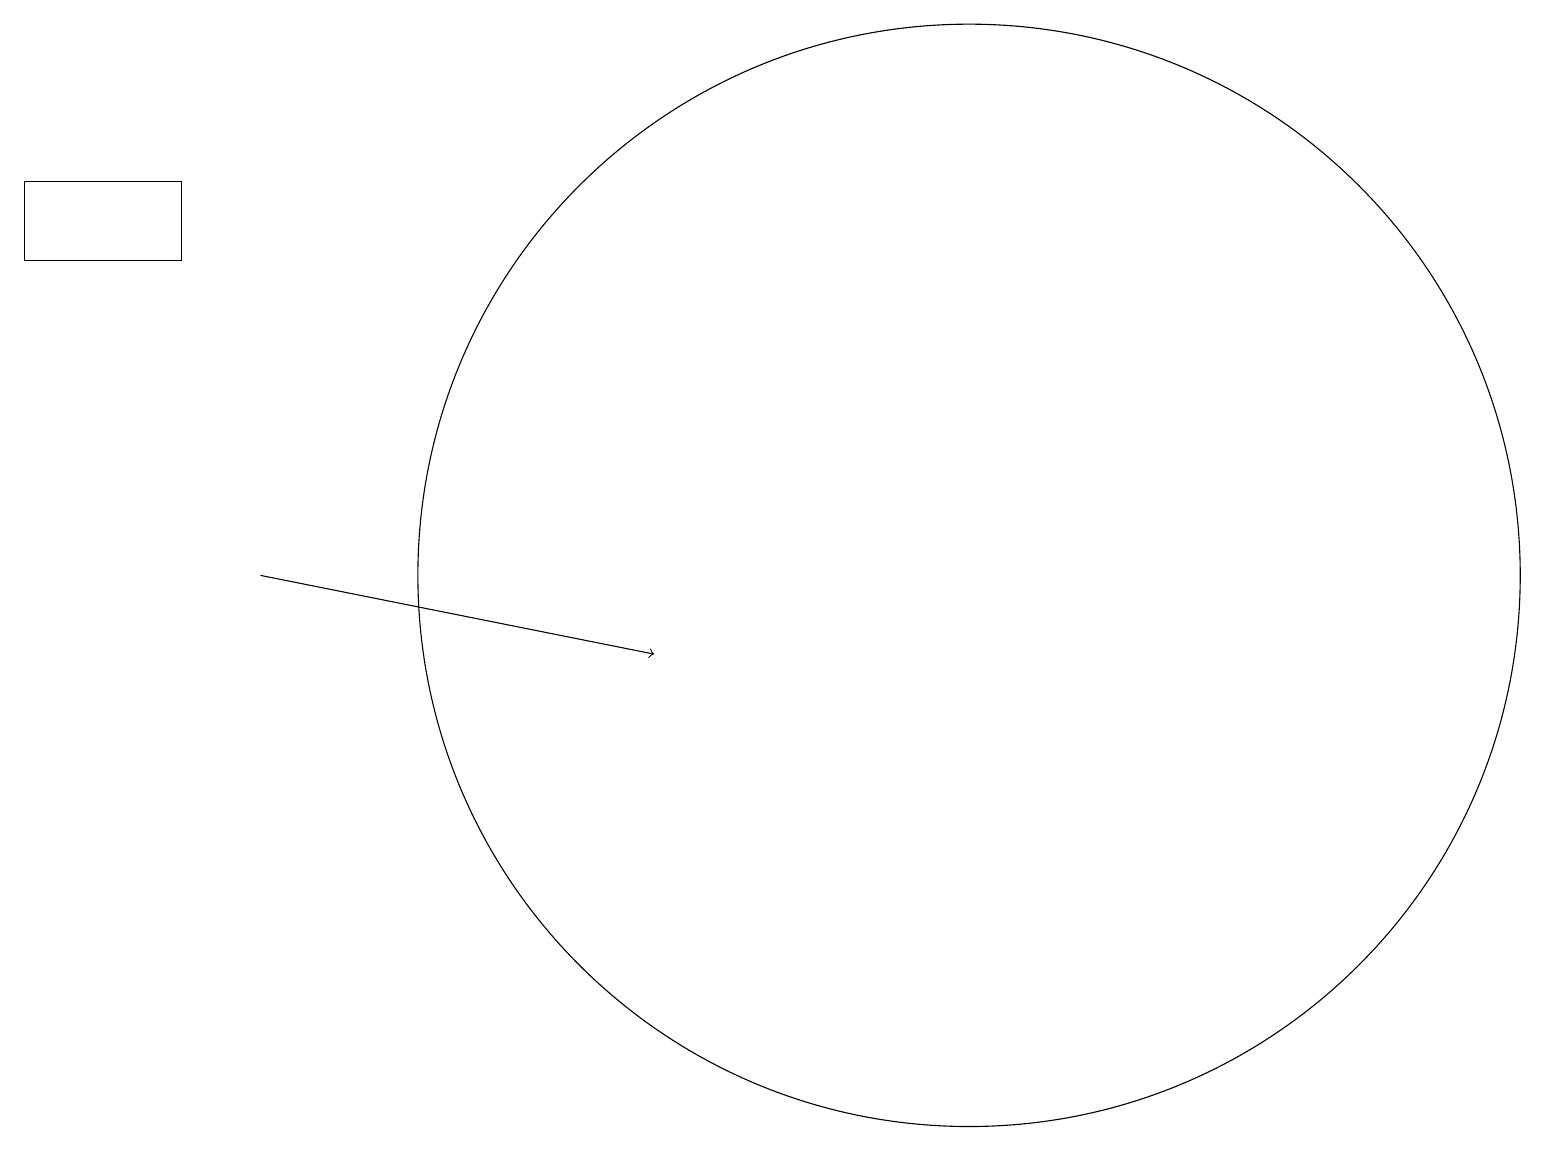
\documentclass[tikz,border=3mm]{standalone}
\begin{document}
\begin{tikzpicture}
\draw (10,10) circle (0);
\draw (0,16) rectangle (2,15);
\draw (12,11) circle (7);
\draw[->] (3,11) -- (8,10);
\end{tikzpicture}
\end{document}